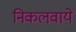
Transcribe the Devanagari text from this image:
निकलवाये